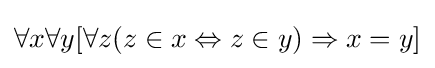
\forall x\forall y[\forall z(z\in x\Leftrightarrow z\in y)\Rightarrow x=y]